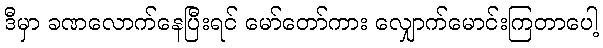
ဒီမှာ ခဏလောက်နေပြီးရင် မော်တော်ကား လျှောက်မောင်းကြတာပေါ့